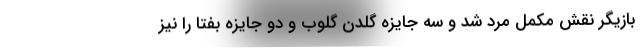
بازیگر نقش مکمل مرد شد و سه جایزه گلدن گلوب و دو جایزه بفتا را نیز